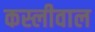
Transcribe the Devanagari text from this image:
कस्लीवाल